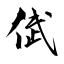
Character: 倵